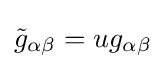
{\tilde {g}}_{\alpha \beta }=ug_{\alpha \beta }